Vaccination in the Punjab 1905-1918 - 1905-1918
Year: 1905
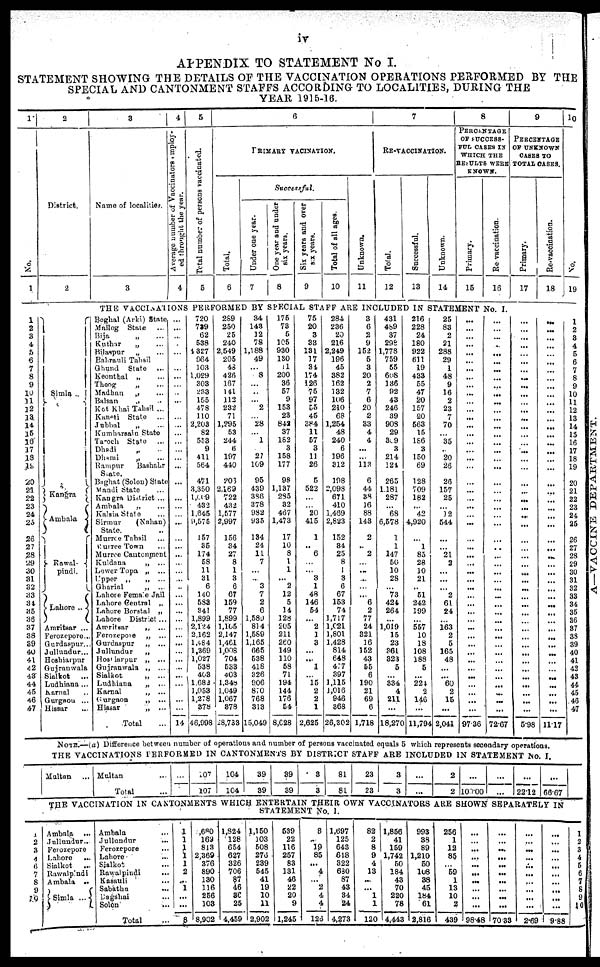
iv
APPENDIX TO STATEMENT No I.
STATEMENT SHOWING THE DETAILS OF THE VACCINATION OPERATIONS PERFORMED BY THE
SPECIAL AND CANTONMENT STAFFS ACCORDING TO LOCALITIES, DURING THE
YEAR 1915-16.
1
No.
1
1
2
3
4
5
6
7
8
9
10
11
12
13
14
15
16
17
18
19
20
21
22
23
24
25
26
27
28
29
30
31
32
33
34
35
36
37
38
39
40
41
42
43
44
45
46
47
1
2
3
4
6
7
8
9
10
2
District.
2
Simla
Kangra
Ambala
Rawal-
pindi.
Lahore ..
Amritsar ...
Ferozeporo...
Gurdaspur...
Jullundur...
Hoshiarpur
Gujranwala
Sialkot
...
Ludhiana ...
Karnal ...
Gurgaon ...
Hissar ...
3
Name of localities.
3
4
Average number of Vaccinators employ-
ed throught the year.
4
5
Total number of persons vaccinated.
5
6
PRIMARY
VACINATION.
Total.
6
Successful.
Under one year.
7
One year and under
six years.
8
Six years and over
six years.
9
Total of all ages.
10
Unknown.
11
7
RE-VACCINATION.
Total.
12
Successful.
13
Unknown.
14
8
PERCENTAGE
OF SUCCESS-
FUL CASES IN
WHICH THE
RESULTS WEEK
KNOWN.
Primary.
15
Re-vaccination.
16
THE VACCINATIONS PERFORMED BY SPECIAL STAFF ARE INCLUDED IN STATEMENT No. I.
Boghal (Arki) State
Mailog State ...
Bija
„ ...
Kuthar
„ ...
Bilaspur
„ ...
Bahrauli Tahsil
Ghund
State
...
Keonthal „ ...
Thong „ ...
Madhan
„ ...
Balsan
„ ..
Kot Khai Tahsil ...
Kaneti State
...
Jubbal
„ ...
Kumharsain State
Taroch State
...
Dhadi
„ ...
Dhami „ ...
Rampur
Bashahr
State.
Baghat (Solon) State
Mandi State ...
Kangra District ...
Ambala ...
Kalsia State ...
Sirmur
(Nahan)
State. ..
Murrce Tahsil ...
Murree Town ...
Murree Cantonment
Kuldana
„ ...
Lower Topa „ ...
Upper „
„ ...
Gharial
„ ...
Lahore Female Jail
Lahore Central „
Lahore Borstal
„
Lahore District ...
Amritsar
„
...
Ferozepore
„
...
Gurdaspur
„ ...
Jallandar
„
Hoshiarpur „ ...
Gujranwala „ ...
Sialkot
„
...
Ludhiana
„
...
Karnal
„ ...
Gurgaon
„ ...
Hissar
„
...
Total ...
...
...
...
...
...
...
...
...
...
...
...
...
...
...
...
...
...
...
...
...
...
...
...
...
...
...
...
...
...
...
...
...
...
...
...
...
...
...
...
...
...
...
...
...
...
...
...
14
720
739
62
538
1327
964
103
1,029
303
233
155
478
110
2,203
82
553
9
411
564
471
3,350
1,009
432
1,645
9,575
157
35
174
58
11
31
6
140
533
341
1,899
2,124
2,162
1,484
1,369
1,027
538
403
1,682
1,053
1,278
378
46,998
289
250
25
240
2,549
205
48
426
167
141
112
232
71
1,295
53
244
6
197
440
203
2,169
722
432
1,577
2,997
156
34
27
8
1
3
6
67
159
77
1,899
1,105
2,147
1,461
1,008
704
533
403
1,348
1,049
1,067
378
28,733
34
143
12
78
1,188
49
...
8
...
..
...
2
...
28
...
1
27
109
95
439
386
378
982
935
134
24
11
7
...
...
3
7
2
6
1,589
814
1,589
1,165
665
538
418
326
906
870
768
313
15,049
175
73
5
105
930
180
11
200
36
57
9
153
23
842
37
182
3
158
177
98
1,137
285
32
467
1,473
17
10
8
1
1
...
2
12
5
14
128
205
211
260
149
110
58
71
194
144
176
54
8.028
75
20
3
33
131
17
34
174
126
75
97
55
45
384
11
57
3
11
26
5
522
...
...
20
415
1
..
6
...
...
3
1
48
146
54
...
2
1
3
...
...
1
...
15
2
2
1
2,625
284
236
20
216
2,249
196
45
382
162
132
106
210
68
1,254
48
240
6
196
312
198
2,098
671
410
1,469
2,823
152
34
25
8
1
3
6
67
153
74
1,717
1,021
1,801
1,428
814
648
477
397
1,116
1,016
946
368
26,302
3
6
2
9
152
5
3
20
2
7
6
20
2
33
4
4
...
...
113
6
44
38
16
88
143
2
..
2
...
...
...
...
...
6
2
77
24
321
16
152
43
55
6
190
21
69
6
1,718
431
489
37
298
1,778
759
55
608
136
92
43
246
39
908
29
309
3
214
124
265
1,181
287
...
68
6,578
1
1
147
50
10
28
...
73
424
264
...
1,019
15
23
361
323
5
...
334
4
211
...
18,270
216
228
24
180
922
611
19
433
55
47
20
157
20
563
15
186
3
150
69
128
709
182
...
42
4,920
...
1
85
28
10
21
..
51
242
199
...
557
10
18
108
188
5
...
224
2
146
...
11,794
25
83
2
21
288
29
1
48
9
16
2
23
7
70
...
35
..
20
26
26
157
25
...
12
544
...
...
21
2
...
...
...
2
61
24
...
163
2
5
165
48
...
...
60
2
15
...
2,041
...
...
...
...
...
...
...
...
...
...
...
...
...
...
...
...
...
...
...
...
...
...
...
...
...
...
...
...
...
...
...
...
...
...
...
...
...
...
...
...
...
...
...
...
...
...
...
97.36
...
...
...
...
...
...
...
...
...
...
...
...
...
...
...
...
...
...
...
...
...
...
...
...
...
...
...
...
...
...
...
...
...
...
...
...
...
...
...
...
...
...
...
...
...
...
...
72.67
9
PERCENTAGE
OF UNKNOWN
CASES TO
TOTAL CASES.
Primary.
17
...
...
...
...
...
...
...
...
...
...
...
...
...
...
...
...
...
...
...
...
...
...
...
...
...
...
...
...
...
...
...
...
...
...
...
...
...
...
...
...
...
...
...
...
...
...
...
5.98
Re-vaccination.
18
...
...
...
...
...
...
...
...
...
...
...
...
...
...
...
...
...
...
...
...
...
...
...
...
...
...
...
...
...
...
...
...
...
...
...
...
...
...
...
...
...
...
...
...
...
...
...
11.17
NOTE.—(a) Difference between number of operations and number of persons vaccinated equals 5 which represents secondary operations.
THE VACCINATIONS PERFORMED IN CANTONMENTS BY DISTRICT STAFF ARE INCLUDED IN STATEMENT No. I.
Multan ...
Multan ...
Total ...
...
107
107
104
104
39
39
39
39
3
3
81
81
23
23
3
3
...
...
2
2
...
100.00
...
...
...
22.12
...
66.67
THE VACCINATION IN CANTONMENTS WHICH ENTERTAIN THEIR OWN VACCINATORS ARE SHOWN SEPARATELY IN
STATEMENT No. I.
Ambala
...
Jallandar ..
Ferozeporo
Lahore
...
Sialkot
...
Rawalpindi
Ambala
..
Simla ...
Ambala ...
Jallandar ...
Ferozepore ...
Lahore ...
Sialkot ...
Rawalpindi
...
Kasauli ...
Sabathu
...
Dagshai ...
Solon ...
Total ...
1
1
1 1
1
2
...
1
...
...
8
,680
163
813
2,369
376
890
130
116
256
103
8,902
1,824
128
654
627
326
706
87
46
36
25
4,459
1,150
103
508
276
239
545
41
19
10
11
2,902
539
22
116
257
83
131
46
22
20
9
1,245
8
19
85
...
4
...
2
4
4
126
1,697
125
643
618
322
630
87
43
34
24
4,273
82
2
8
9
4
13
...
...
1
1
120
1,856
41
159
1,742
50
184
43
70
220
78
4,443
993
38
89
1,210
50
108
38
45
184
61
2,816
256
1
12
85
...
59
1
13
10
2
439
...
...
...
...
...
...
...
...
...
...
98.48
...
...
...
...
...
...
...
...
...
...
70.33
...
...
...
...
...
...
...
...
...
...
2.69
...
...
...
...
...
...
...
...
...
...
9.88
10
No.
19
1
2
3
4
5
6
7
8
9
10
11
12
13
14
15
16
17
18
19
20
21
22
23
24
25
26
27
28
29
30
31
32
33
34
35
36
37
38
39
40
41
42
43
44
45
46
47
1
2
3
4
5
6
7
8
9
10